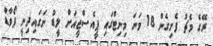
ރޭގެ މެޗު ފެށިގެން 18 ވަަނަ މިނިޓްގައި ޕީއެސްޖީއަށް ލީޑު ނަގައިިދިނީ ފޯވާޑް